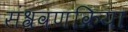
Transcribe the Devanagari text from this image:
संश्रवणक्रिया